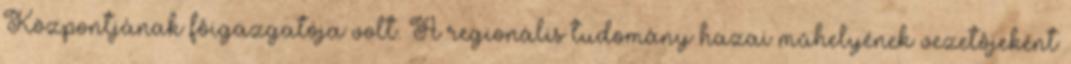
Központjának fôigazgatója volt. A regionális tudomány hazai mûhelyének vezetôjeként